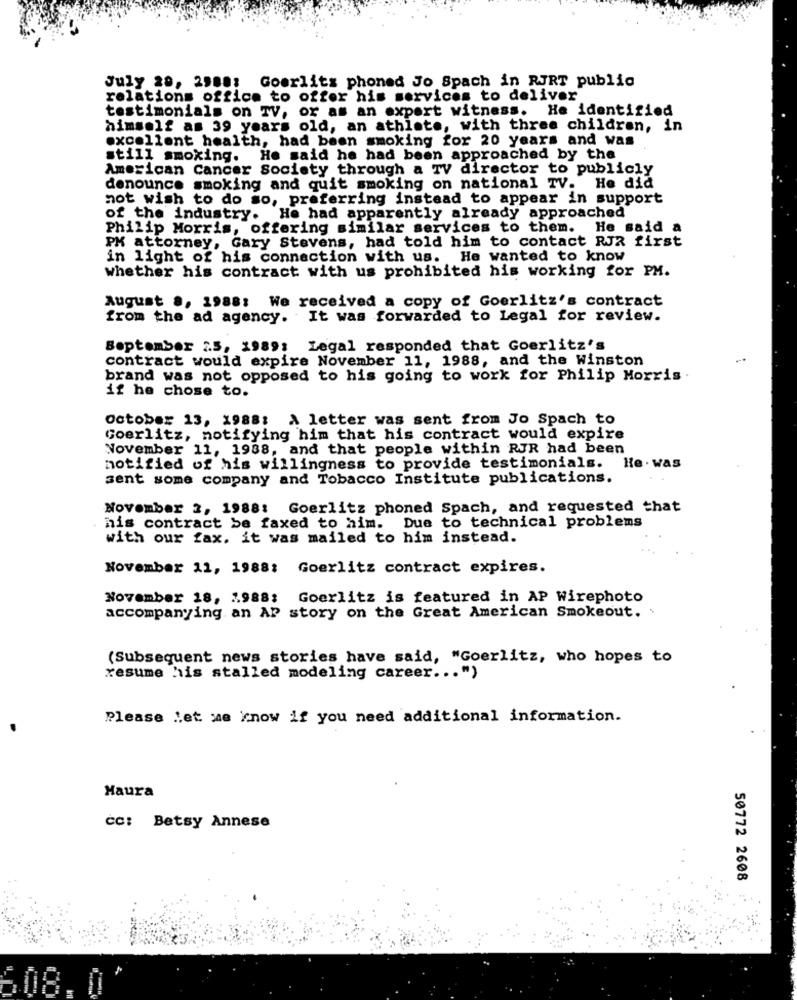
July 28, 2988: Goerlitz phoned Jo Spach in RJRT public
relations office to offer his services to deliver
testimonials on TV, or as an expert witness. He identified
himself as 39 years old, an athlete, with three children, in
excellent health, had been smoking for 20 years and was
still smoking.
He said he had been approached by the
American Cancer Society through a TV director to publicly
denounce smoking and quit smoking on national TV. He did
not wish to do so, preferring instead to appear in support
of the industry. He had apparently already approached
Philip Morris, offering similar services to them. He said a
PM attorney, Gary Stevens, had told him to contact RJR first
in light of his connection with us. He wanted to know
whether his contract with us prohibited his working for PM.
August ., 1988: We received a copy of Goerlitz's contract
from the ad agency. It was forwarded to Legal for review.
September 2.5, 1989: Legal responded that Goerlitz's
contract would expire November 11, 1988, and the Winston
brand was not opposed to his going to work for Philip Morris .
if he chose to.
October 13, 1988: A letter was sent from Jo Spach to
Goerlitz, notifying him that his contract would expire
November 11, 1988, and that people within RJR had been
notified of his willingness to provide testimonials. He. was
sent some company and Tobacco Institute publications.
November 2, 1988: Goerlitz phoned Spach, and requested that
Due to technical problems
his contract be faxed to him.
with our fax. it was mailed to him instead.
November 11, 1988: Goerlitz contract expires.
November 18, 1988: Goerlitz is featured in AP Wirephoto
accompanying an AP story on the Great American Smokeout.
(Subsequent news stories have said, "Goerlitz, who hopes to
resume his stalled modeling career ... ")
Please Let me know if you need additional information.
Maura
CC: Betsy Annese
50772 2608